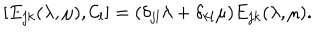
[ E _ { j k } ( \lambda , \mu ) , { \cal C } _ { l } ] = ( \delta _ { j l } \lambda + \delta _ { k l } \mu ) E _ { j k } ( \lambda , \mu ) .